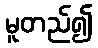
မူတည်၍